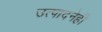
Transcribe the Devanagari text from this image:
उत्पादनेही